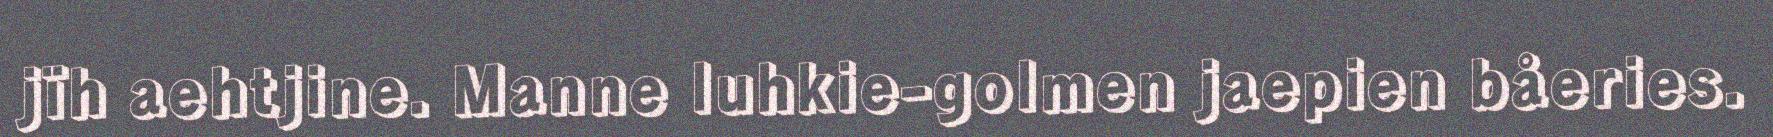
jïh aehtjine. Manne luhkie-golmen jaepien båeries.